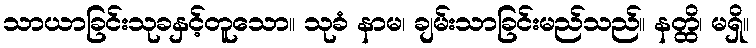
သာယာခြင်းသုခနှင့်တူသော။ သုခံ နာမ၊ ချမ်းသာခြင်းမည်သည်။ နတ္ထိ၊ မရှိ။